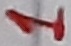
Text: 1